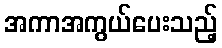
အကာအကွယ်ပေးသည့်